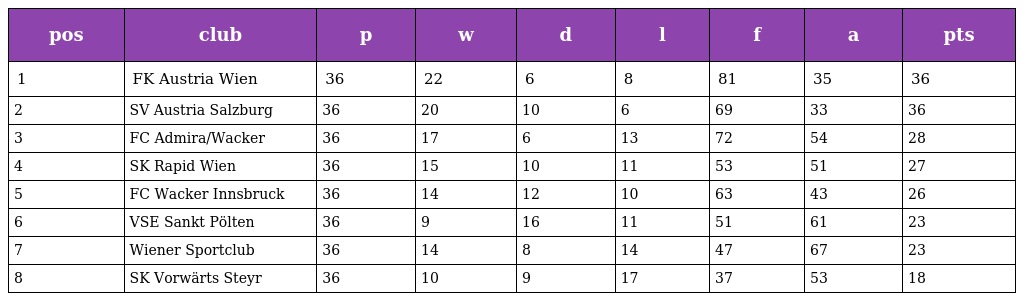
| pos | club | p | w | d | l | f | a | pts |
 | --- | --- | --- | --- | --- | --- | --- | --- | --- |
 | 1 | FK Austria Wien | 36 | 22 | 6 | 8 | 81 | 35 | 36 |
 | 2 | SV Austria Salzburg | 36 | 20 | 10 | 6 | 69 | 33 | 36 |
 | 3 | FC Admira/Wacker | 36 | 17 | 6 | 13 | 72 | 54 | 28 |
 | 4 | SK Rapid Wien | 36 | 15 | 10 | 11 | 53 | 51 | 27 |
 | 5 | FC Wacker Innsbruck | 36 | 14 | 12 | 10 | 63 | 43 | 26 |
 | 6 | VSE Sankt Pölten | 36 | 9 | 16 | 11 | 51 | 61 | 23 |
 | 7 | Wiener Sportclub | 36 | 14 | 8 | 14 | 47 | 67 | 23 |
 | 8 | SK Vorwärts Steyr | 36 | 10 | 9 | 17 | 37 | 53 | 18 |